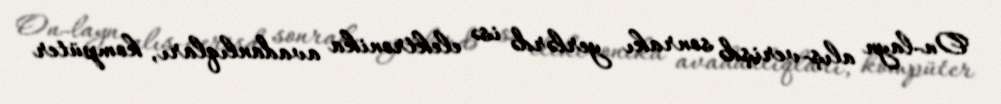
On-layn alış-verişdə sonrakı yerlərdə isə elektronika avadanlıqları, kompüter